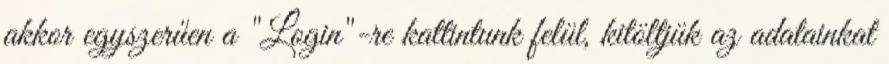
akkor egyszerűen a "Login"-re kattintunk felül, kitöltjük az adatainkat